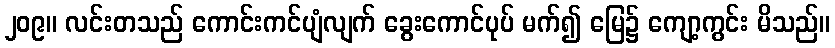
၂၀၉။ လင်းတသည် ကောင်းကင်ပျံလျက် ခွေးကောင်ပုပ် မက်၍ မြေ၌ ကျော့ကွင်း မိသည်။